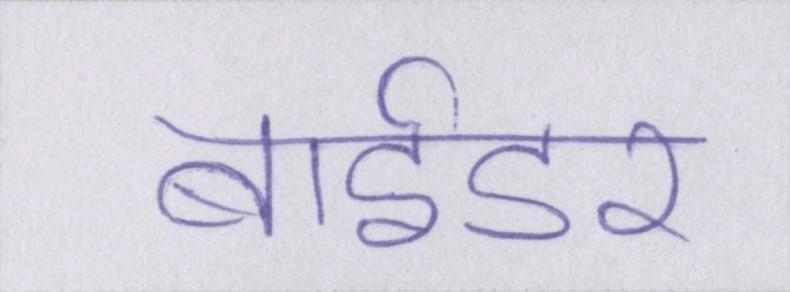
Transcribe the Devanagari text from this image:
बाईडर